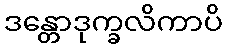
ဒန္တောဒုက္ခလိကာပိ